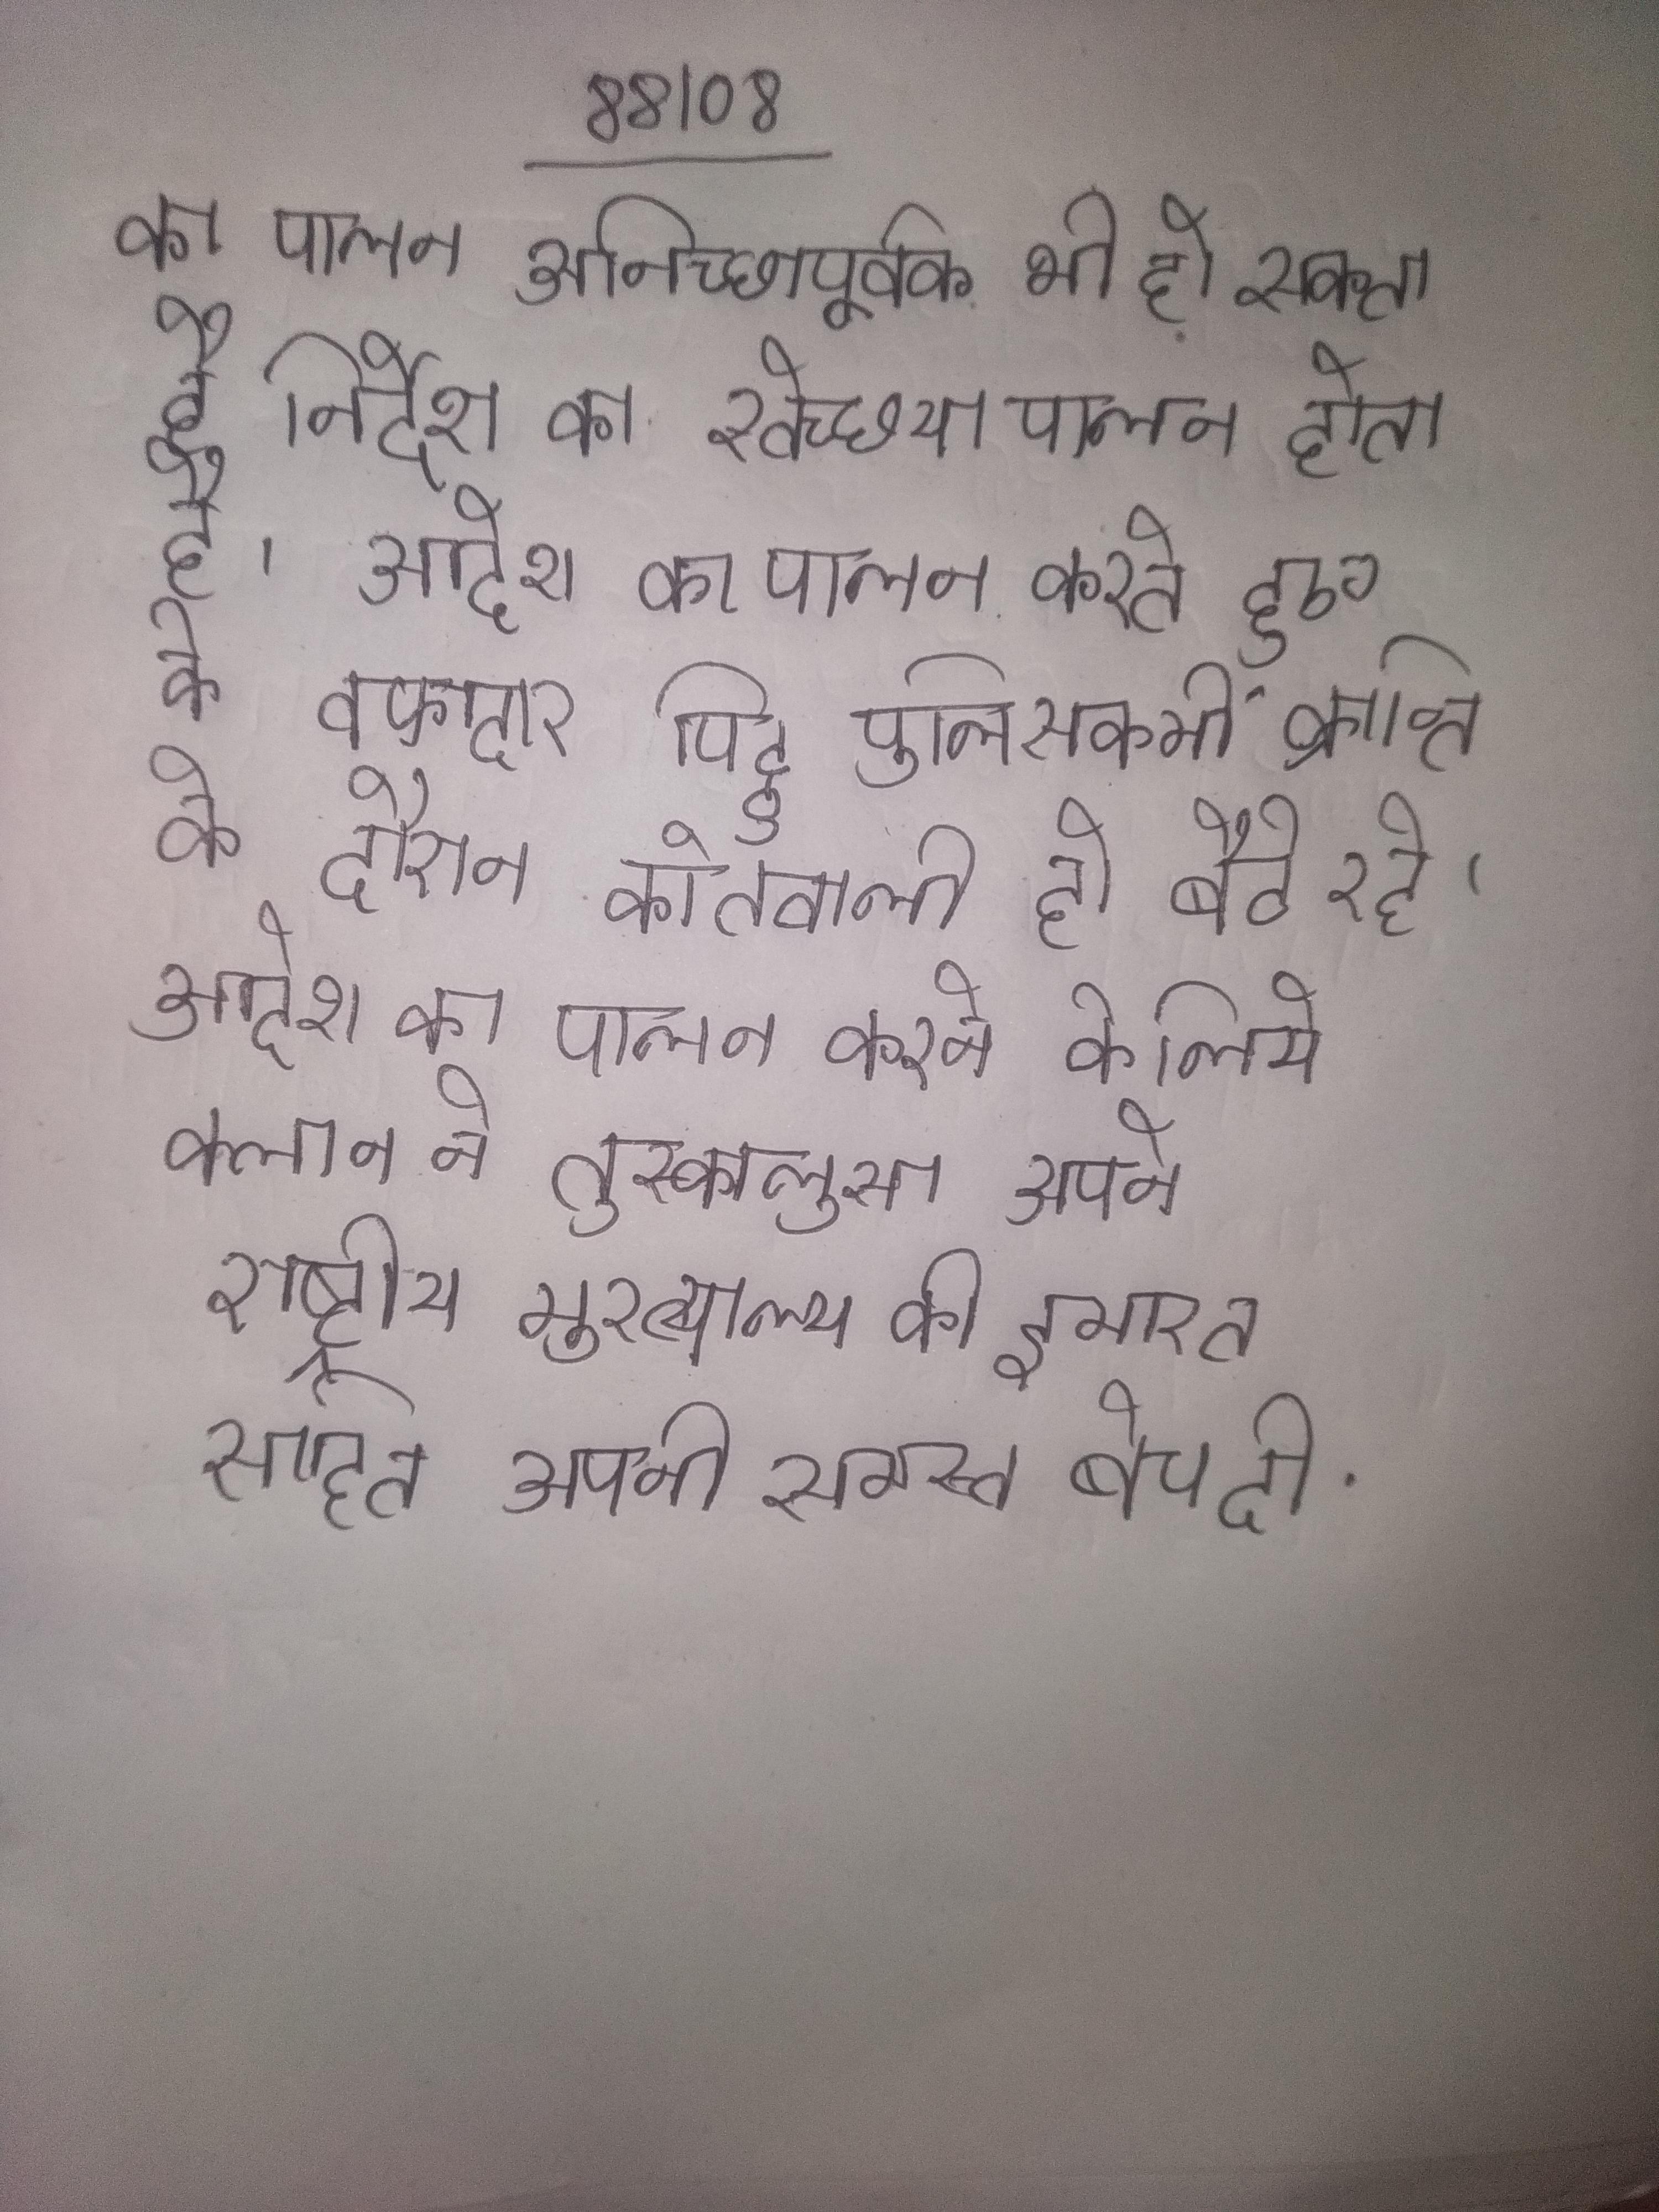
का पालन अनिच्छापूर्वक भी हो सकता है निर्देश का स्वेच्छया पालन होता है । आदेश का पालन करते हुए के वफादार पिट्ठू पुलिसकर्मी क्रान्ति के दौरान कोतवाली ही बैठे रहे । आदेश का पालन करने के लिये क्लान ने तुस्कालूसा अपने राष्ट्रीय मुख्यालय की इमारत सहित अपनी समस्त बेच दी .